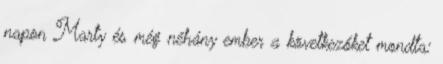
napon Marty és még néhány ember a következőket mondta: